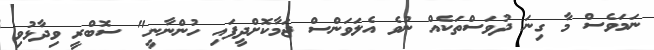
ނަމަވެސް މާ ގިނަ ދުވަސްތަކެއް ނުވެ އެލަވަންސް ޖަމާކޮށްދީފައި ހުންނާނީ" ސޮބްރީ ވިދާޅުވި